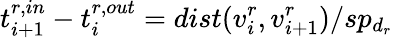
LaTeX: t_{i+1}^{r,in}-t_{i}^{r,out}=dist(v_{i}^{r},v_{i+1}^{r})/sp_{d_{r}}